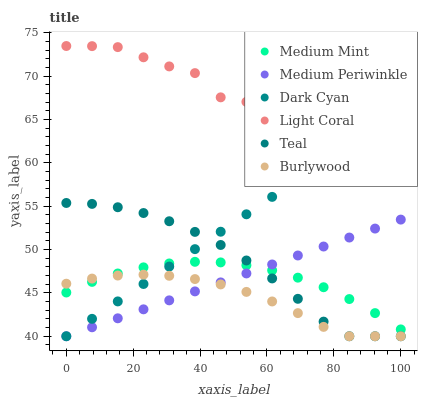
| xaxis_label | Medium Mint | Medium Periwinkle | Dark Cyan | Light Coral | Teal | Burlywood |
 | --- | --- | --- | --- | --- | --- | --- |
 | 0 | 45 | 40 | 40 | 73.5 | 55.4 | 46.1 |
 | 7.69 | 46.3 | 41 | 42 | 73.5 | 55.3 | 46.7 |
 | 15.4 | 47.2 | 42.1 | 44 | 73.4 | 54.9 | 47 |
 | 23.1 | 48 | 43.1 | 46 | 72.2 | 54.2 | 47.1 |
 | 30.8 | 48.4 | 44.1 | 48 | 71.1 | 53.3 | 47 |
 | 38.5 | 48.6 | 45.2 | 50.1 | 70.4 | 52 | 46.6 |
 | 46.2 | 48.5 | 46.2 | 52.1 | 67.6 | 50.5 | 46 |
 | 53.8 | 48.2 | 47.2 | 54.1 | 67 | 48.7 | 45.1 |
 | 61.5 | 47.6 | 48.3 | 56.1 | 64.8 | 46.7 | 44 |
 | 69.2 | 46.8 | 49.3 | 58.1 | 64.8 | 44.3 | 42.7 |
 | 76.9 | 45.7 | 50.4 | 60.1 | 62.1 | 41.7 | 41.1 |
 | 84.6 | 44.3 | 51.4 | 62.1 | 62.1 | 40 | 40 |
 | 92.3 | 42.7 | 52.4 | 64.1 | 60.9 | 40 | 40 |
 | 100 | 40.8 | 53.5 | 66.1 | 58.4 | 40 | 40 |